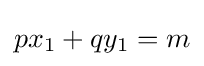
px_{1}+qy_{1}=m